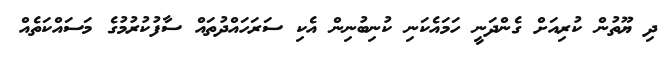
ދި ޔޫތުން ކުރިއަށް ގެންދަނީ ހަމައެކަނި ކުނިބުނިން އެކި ސަރަހައްދުތައް ސާފުކުރުމުގެ މަސައްކަތެއް